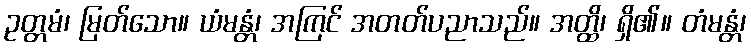
ဥတ္တမံ၊ မြတ်သော။ ယံမန္တံ၊ အကြင် အတတ်ပညာသည်။ အတ္ထိ၊ ရှိ၏။ တံမန္တံ၊